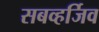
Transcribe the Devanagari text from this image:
सबव्हर्जिव